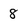
Character: 8